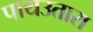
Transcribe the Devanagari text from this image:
पायउतारा